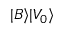
| B \rangle | V _ { 0 } \rangle